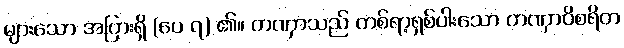
များသော အပြားရှိ (ပေ ၇) ၏။ တဏှာသည် တစ်ရာ့ရှစ်ပါးသော တဏှာဝိစရိတ